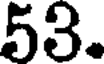
53.